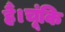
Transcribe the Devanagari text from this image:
हैं।चूंकि